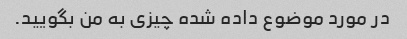
در مورد موضوع داده شده چیزی به من بگویید.